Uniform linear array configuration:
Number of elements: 16
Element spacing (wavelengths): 1
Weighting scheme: cosine
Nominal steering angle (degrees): -60
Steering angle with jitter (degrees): -60.122
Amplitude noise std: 0.05
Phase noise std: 0.05

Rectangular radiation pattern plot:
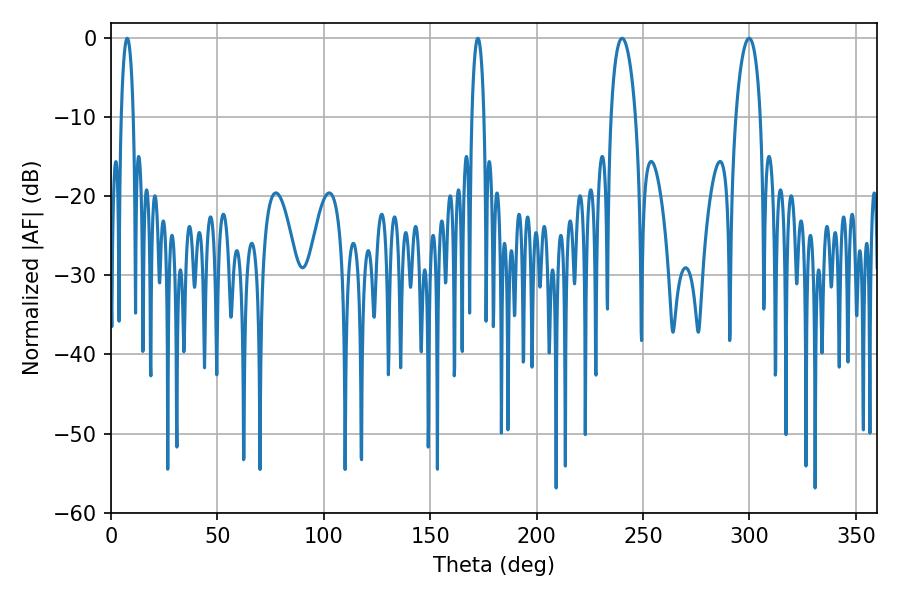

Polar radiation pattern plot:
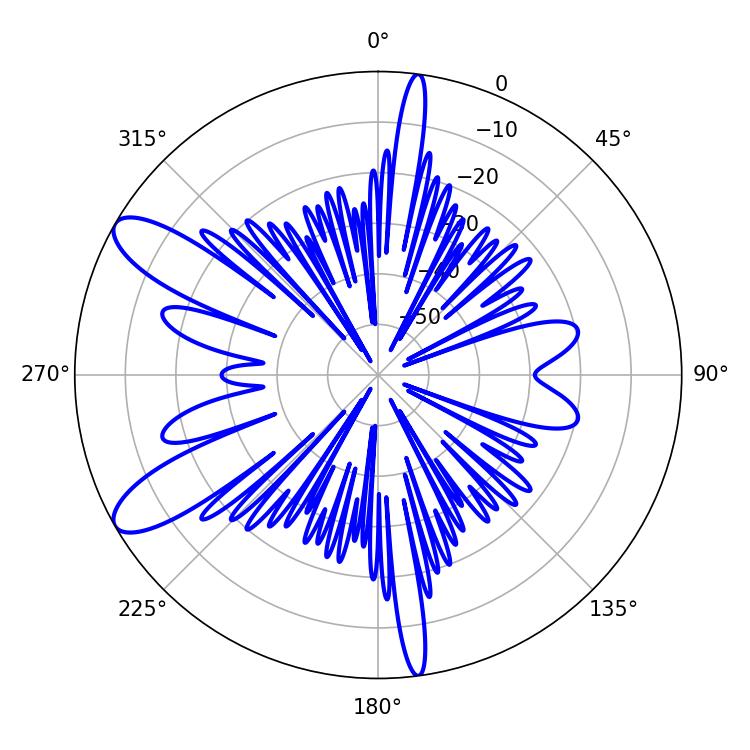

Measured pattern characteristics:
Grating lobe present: TRUE
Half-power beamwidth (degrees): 6.48
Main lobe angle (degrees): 240.12